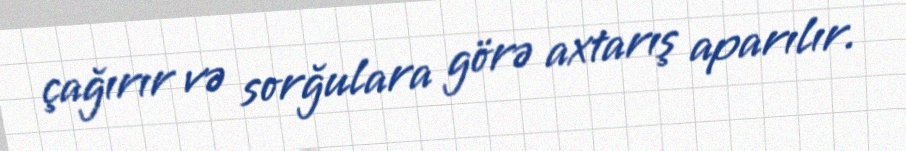
çağırır və sorğulara görə axtarış aparılır.